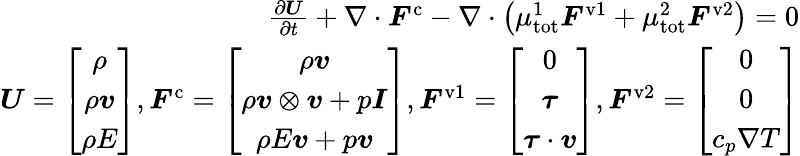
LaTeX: \begin{array}{r}{\frac{\partial\boldsymbol{U}}{\partial t}+\nabla\cdot\boldsymbol{F}^{\mathrm{c}}-\nabla\cdot\left(\mu_{\mathrm{tot}}^{1}\boldsymbol{F}^{\mathrm{v}1}+\mu_{\mathrm{tot}}^{2}\boldsymbol{F}^{\mathrm{v}2}\right)=0}\\ {\boldsymbol{U}=\left[\begin{array}{c}{\rho}\\ {\rho\boldsymbol{v}}\\ {\rho E}\end{array}\right],\boldsymbol{F}^{\mathrm{c}}=\left[\begin{array}{c}{\rho\boldsymbol{v}}\\ {\rho\boldsymbol{v}\otimes\boldsymbol{v}+p\boldsymbol{I}}\\ {\rho E\boldsymbol{v}+p\boldsymbol{v}}\end{array}\right],\boldsymbol{F}^{\mathrm{v}1}=\left[\begin{array}{c}{0}\\ {\boldsymbol{\tau}}\\ {\boldsymbol{\tau}\cdot\boldsymbol{v}}\end{array}\right],\boldsymbol{F}^{\mathrm{v}2}=\left[\begin{array}{c}{0}\\ {0}\\ {c_{p}\nabla T}\end{array}\right]}\end{array}